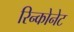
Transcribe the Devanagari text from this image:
रिन्कोनेट